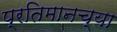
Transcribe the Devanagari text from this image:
प्रतिमानच्या